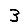
Digit: 3